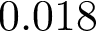
0 . 0 1 8